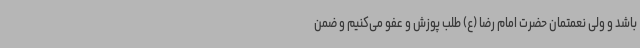
باشد و ولی نعمتمان حضرت امام رضا (ع) طلب پوزش و عفو می‌کنیم و ضمن